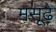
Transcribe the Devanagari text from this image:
मसूढ़े